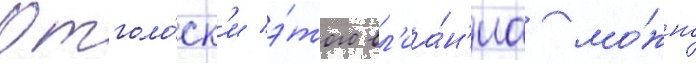
Отголо́ск'и э́того вл'иа́н'иа мо́жно